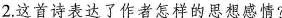
2.这首诗表达了作者怎样的思想感情?